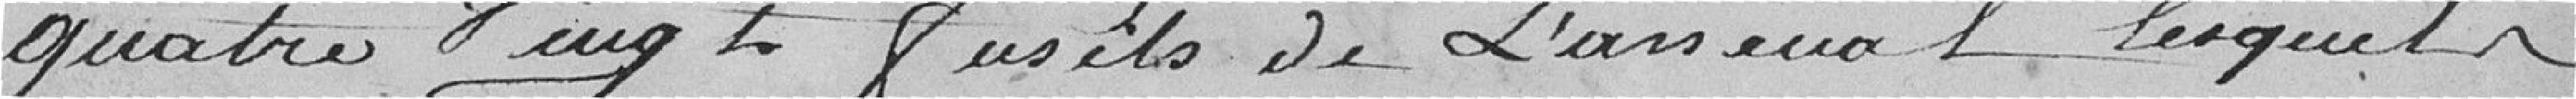
quatre vingt fusils de l'arsenal lesquels